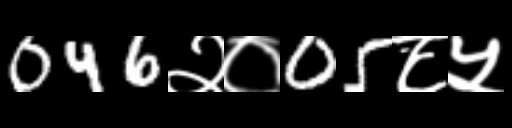
Text: 046२०05८५